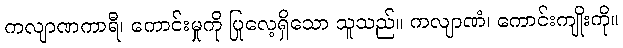
ကလျာဏကာရီ၊ ကောင်းမှုကို ပြုလေ့ရှိသော သူသည်။ ကလျာဏံ၊ ကောင်းကျိုးကို။